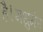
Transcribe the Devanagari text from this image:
है।मधुमेह